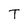
Character: T